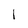
Character: l